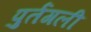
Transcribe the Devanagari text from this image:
पुर्तगली